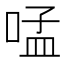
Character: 𠵼